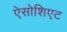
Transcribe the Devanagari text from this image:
ऐसोशिएट